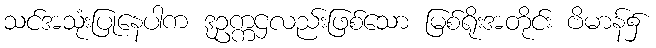
သင်အသုံးပြုနေပါက ဒုဥက္ကဌလည်းဖြစ်သော မြစ်ရိုးအတိုင်း ဗိမာန်၌